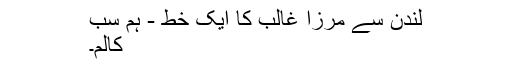
لندن سے مرزا غالب کا ایک خط - ہم سب
کالم۔